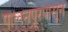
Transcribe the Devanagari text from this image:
पालनपूरपासून